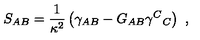
S _ { A B } = { \frac { 1 } { \kappa ^ { 2 } } } \left( \gamma _ { A B } - G _ { A B } \gamma ^ { C } { } _ { C } \right) \ ,